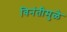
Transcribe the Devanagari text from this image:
विनंतीमुळे